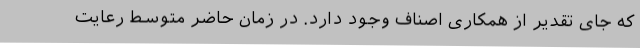
که جای تقدیر از همکاری اصناف وجود دارد. در زمان حاضر متوسط رعایت